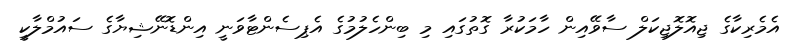
އެމެރިކާގެ ޖިއޮލޮޖިކަލް ސާވޭއިން ހާމަކުރާ ގޮތުގައި މި ބިންހެލުމުގެ އެޕިސެންޓާވަނީ އިންޑޮނޭޝިޔާގެ ސައުމްލާކީ